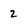
Character: 2